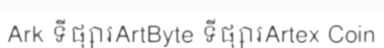
Ark ទីផ្សារArtByte ទីផ្សារArtex Coin